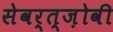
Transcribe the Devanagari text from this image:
सेवर्त्ज़ोवी